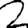
Digit: 2